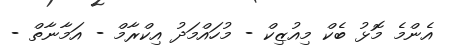
އެންމެ މޮޅު ބެކް މިއުޒިކް - މުހައްމަދު އިކްރާމް - އަމާނާތް -